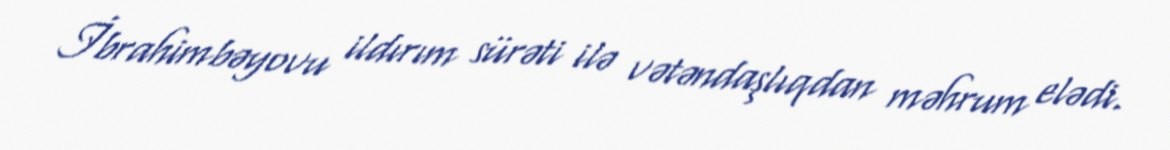
İbrahimbəyovu ildırım sürəti ilə vətəndaşlıqdan məhrum elədi.